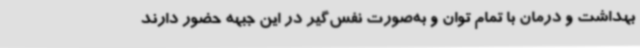
بهداشت و درمان با تمام توان و به‌صورت نفس‌گیر در این جبهه حضور دارند